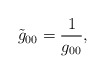
\begin{align*}{\tilde{g}_{00}} = \frac{1}{\Huge g_{00}},\end{align*}